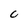
Character: C